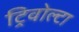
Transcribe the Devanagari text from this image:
ट्रिवोल्‍टा